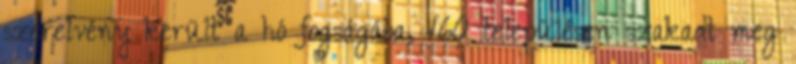
szerelvény került a hó fogságába, 160 településen szakadt meg